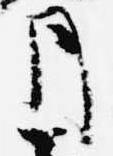
月